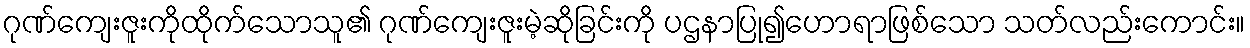
ဂုဏ်ကျေးဇူးကိုထိုက်သောသူ၏ ဂုဏ်ကျေးဇူးမဲ့ဆိုခြင်းကို ပဌနာပြု၍ဟောရာဖြစ်သော သတ်လည်းကောင်း။